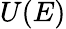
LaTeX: U(E)